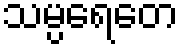
သမ္ပရေတေ